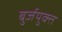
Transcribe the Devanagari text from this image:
बुर्जयुक्त